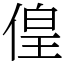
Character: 偟